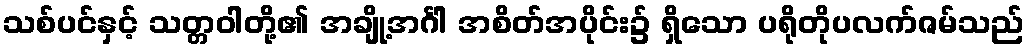
သစ်ပင်နှင့် သတ္တဝါတို့၏ အချို့အင်္ဂါ အစိတ်အပိုင်း၌ ရှိသော ပရိုတိုပလက်ဇမ်သည်